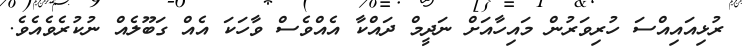
ރުޅިއައިއްސަ ހުރިވަރުން މައިހާއަށް ނަދީމް ދައްކާ އެއްވެސް ވާހަކަ އެއް ގަބޫލެއް ނުކުރެވެއެވެ.